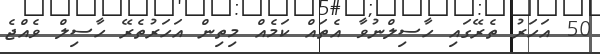
50 އަހަރު ތެރޭގައި ހާސިލްނުވާ އެތައް ކަމެއް މިތިން އަހަރުތެރޭ ހާސިލް ވެއްޖެ